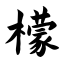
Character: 檬